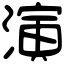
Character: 演